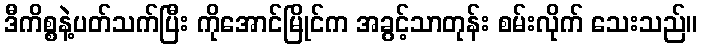
ဒီကိစ္စနဲ့ပတ်သက်ပြီး ကိုအောင်မြိုင်က အခွင့်သာတုန်း စမ်းလိုက် သေးသည်။